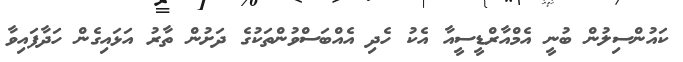
ކައުންސިލުން ބުނީ އެމްއާރްޑީސީއާ އެކު ހެދި އެއްބަސްވުންތަކުގެ ދަށުން ތާރު އަޅައިގެން ހަދާފައިވާ